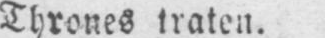
Thrones traten.